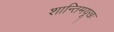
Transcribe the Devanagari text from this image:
शान्तिमयूखः